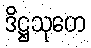
ဒိဋ္ဌသုတေ